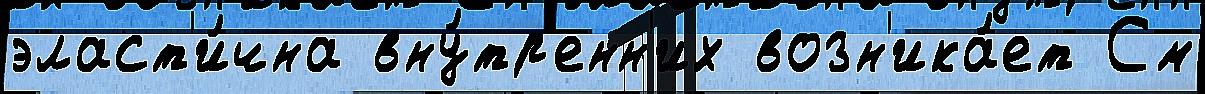
эласт'и́чна вну́тр'енн'их возн'ика́ет См